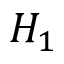
H _ { 1 }